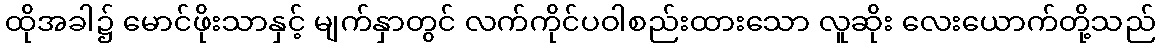
ထိုအခါ၌ မောင်ဖိုးသာနှင့် မျက်နှာတွင် လက်ကိုင်ပဝါစည်းထားသော လူဆိုး လေးယောက်တို့သည်